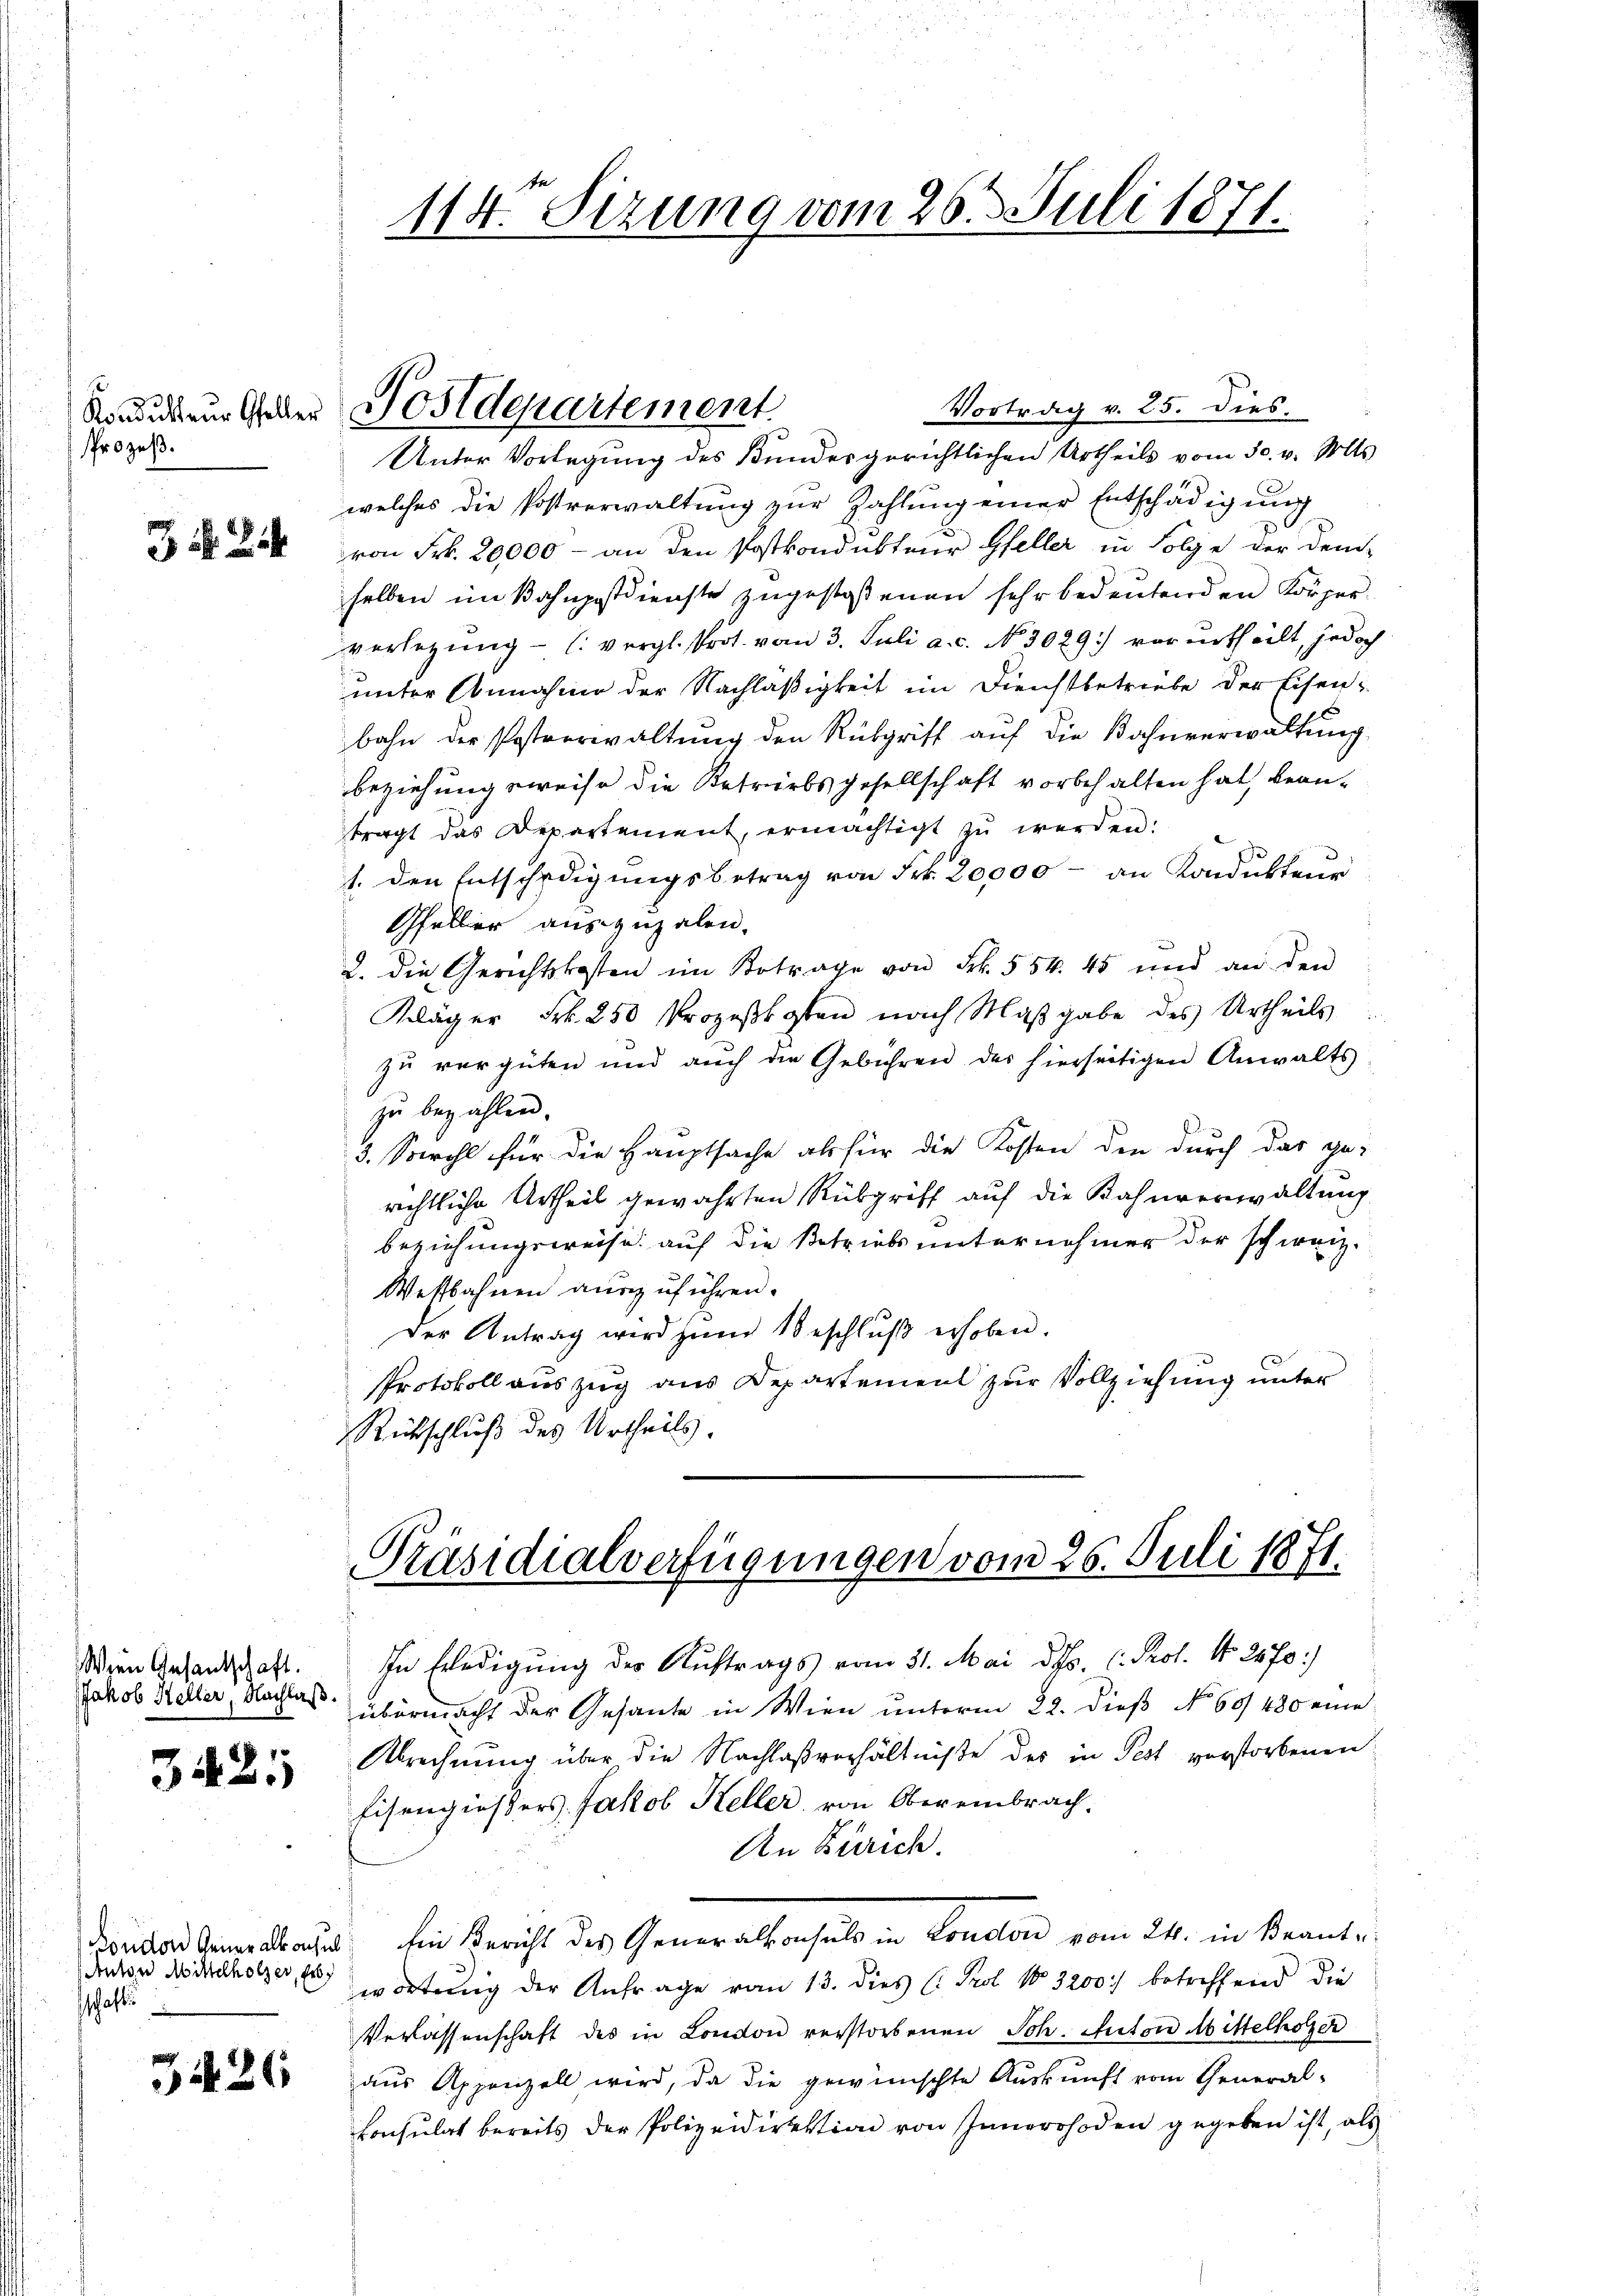
Prozeß.

3

Wien Anfantschaft.
JJakob Heller, Nachlaß.

3421

ondon Generalkonsul
Anton Mittelholzer, Erb
schaft

3426

Vortrag v. 25. dies
Unter Vorlegung des Bundesgerichtlichen Urtheils vom 30. v. Mts.
welches die Postverwaltung zur Zahlung einer Entschädigung
von Frk. 20000 - an den Postkondukteur Gfeller in Folge der Dem-
selben im Bahnpostdienste zŭgestoßenen sehr bedeŭtenden Körper-
verletzung - l. vergl. Prot. vom 3. Juli a.c. N. 3029) vorurtheilt, jedoch
unter Annahme der Nachläßigkeit im Dienstbetriebe der Eisen-
bahn der Postverwaltung den Rükgriff auf die Bahnverwaltung
beziehungsweise die Betriebsgesellschaft vorbehalten hat, bean-
tragt das Departement, ermächtigt zŭ werden:
1. den Entschädigungsbetrag von Frk. 20,000 - an Kondukteur
Gfeller auszuzalen.
2. die Gerichtskosten im Betrage von Frk. 554. 45 und an den
Kläger Frk. 250 Prozessaten nach Maβgabe des Urtheils
zu vergüten und auch die Gebühren des hierseitigen Anwalts
zu bezahlen.
3. Sowohl für die Hauptsache als für die Kosten den durch das ge-
richtliche Urtheil gewährten Rübgriff auf die Bahnverwaltung
beziehungsweise auf die Betriels unternehmer der schweiz.
Westbahnen auszuführen.
der Antrag wird zŭm Beschlŭβ erhoben.
Protokoll auszug aus Departement zur Vollziehung unter
Rückschluß des Urtheils.

114. Sizung vom 26. Juli 1871

Kondiren Gelter Postdepartement.

Präsidialverfügungen vom 26. Juli 1871.

In Erledigung der Auftrags vom 31. Mai d. C. Prof. No. 2670)
übermacht der Gesante in Wien unterm 22. dieß No 69480 eine
Abrechnung über die Nachlaßverhältniße des in Pest verstorbenen
Eisengiessers Jakob Keller, von Obereinbrach¬
An Zürich.
Ein Bericht des Generalhausel in London vom 24. in Beante
wortung der Anfrage vom 13. dies (: Prof. No 3200. betreffend die
Verlassenschaft des in London verstorbenen Sch. Auton Mittelholzer
aus Appenzell wird, da die gewünschte Auskunft vom General-
Consulat bereits der Polizeidirektion von Innerrhoden gegeben ist, als